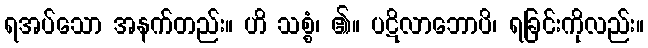
ရအပ်သော အနက်တည်း။ ဟိ သစ္စံ၊ ၏။ ပဋိလာဘောပိ၊ ရခြင်းကိုလည်း။